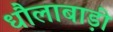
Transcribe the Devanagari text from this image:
धौलाबाड़ी